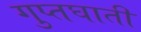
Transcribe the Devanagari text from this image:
गुप्तघाती